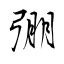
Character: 弸